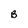
Character: B